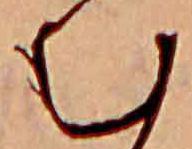
む